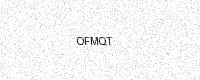
Text: OFMQT